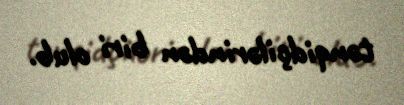
tənqidçilərindən biri olub.